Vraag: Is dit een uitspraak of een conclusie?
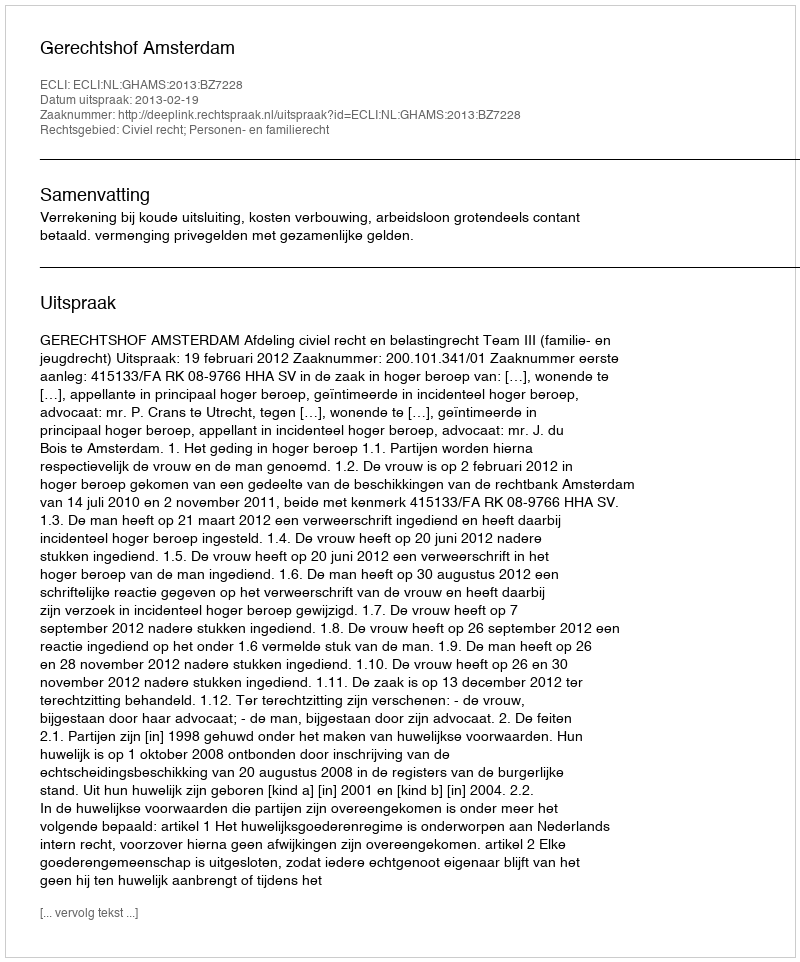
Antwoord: Uitspraak